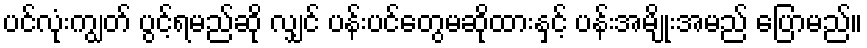
ပင်လုံးကျွတ် ပွင့်ရမည်ဆို လျှင် ပန်းပင်တွေမဆိုထားနှင့် ပန်းအမျိုးအမည် ပြောမည်။